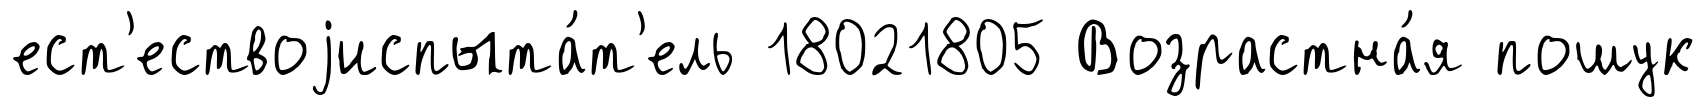
ест'ествоjиспыта́т'ель 18021805 Возрастна́я пошук